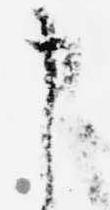
申